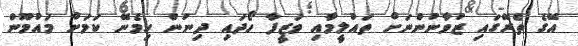
އޭގެ ތެރޭގައި ޒުވާނުންނަށް ތައުލީމާއި ވަޒީފާ ހޯދައި ދިނުން ހިމެނޭ ކަމަށް މައުމޫން